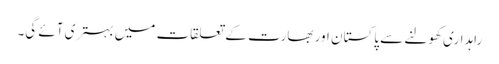
راہداری کھولنے سے پاکستان اور بھارت کے تعلقات میں بہتری آئے گی۔